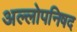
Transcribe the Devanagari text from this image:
अल्लोपनिषद